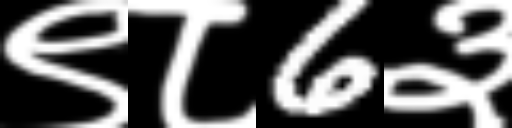
Text: ९८6३